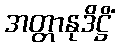
အတ္တာနုဒိဋ္ဌိံ